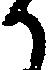
か